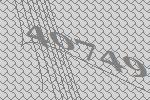
40749